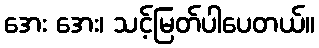
အေး အေး၊ သင့်မြတ်ပါပေတယ်။